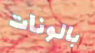
بالونات